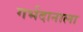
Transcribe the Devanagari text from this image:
गर्भदानाला